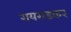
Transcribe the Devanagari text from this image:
रायगडकर